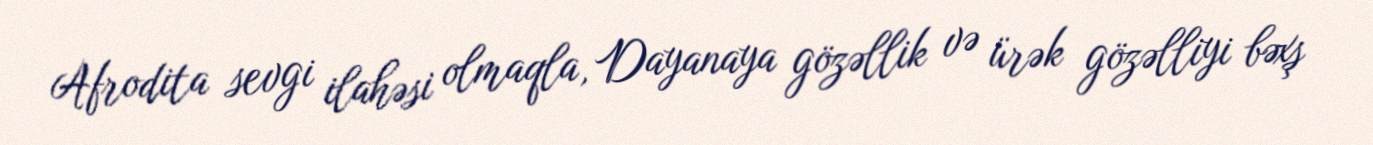
Afrodita sevgi ilahəsi olmaqla, Dayanaya gözəllik və ürək gözəlliyi bəxş